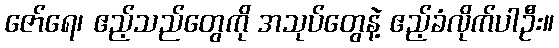
ဇော်ရေ၊ ဧည့်သည်တွေကို အသုပ်တွေနဲ့ ဧည့်ခံလိုက်ပါဦး။